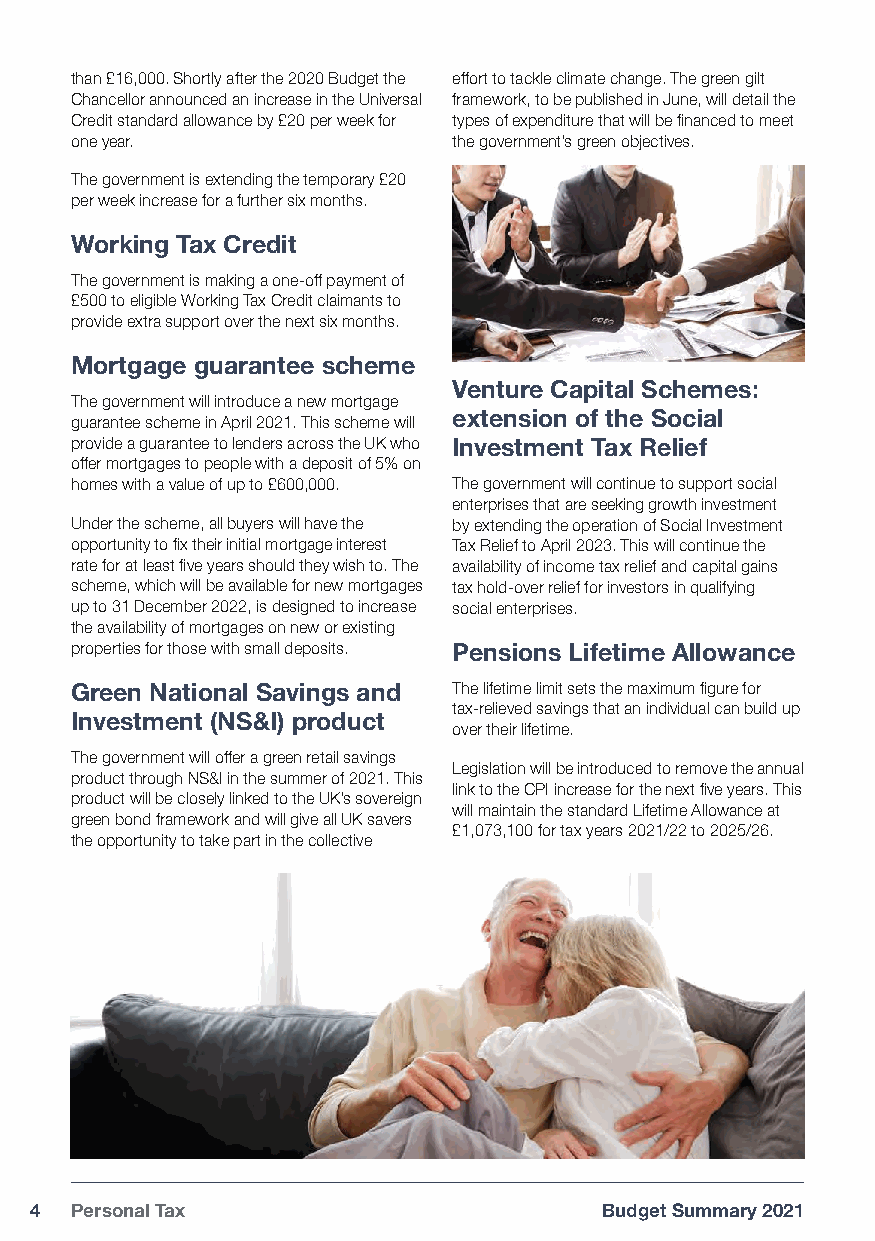
than £16,000. Shortly after the 2020 Budget the effort to tackle climate change. The green gilt
 Chancellor announced an increase in the Universal framework, to be published in June, will detail the
 Credit standard allowance by £20 per week for types of expenditure that will be financed to meet
 one year.                the government’s green objectives.
 The government is extending the temporary £20
 per week increase for a further six months.
 Working Tax Credit
 The government is making a one-off payment of
 £500 to eligible Working Tax Credit claimants to
 provide extra support over the next six months.
 Mortgage guarantee scheme
 Venture Capital Schemes:
 The government will introduce a new mortgage
 extension of the Social
 guarantee scheme in April 2021. This scheme will
 provide a guarantee to lenders across the UK who Investment Tax Relief
 offer mortgages to people with a deposit of 5% on
 homes with a value of up to £600,000. The government will continue to support social
 enterprises that are seeking growth investment
 Under the scheme, all buyers will have the by extending the operation of Social Investment
 opportunity to fix their initial mortgage interest Tax Relief to April 2023. This will continue the
 rate for at least five years should they wish to. The availability of income tax relief and capital gains
 scheme, which will be available for new mortgages tax hold-over relief for investors in qualifying
 up to 31 December 2022, is designed to increase social enterprises.
 the availability of mortgages on new or existing
 properties for those with small deposits. Pensions Lifetime Allowance
 Green National Savings and The lifetime limit sets the maximum figure for
 tax-relieved savings that an individual can build up
 Investment (NS&I) product
 over their lifetime.
 The government will offer a green retail savings
 Legislation will be introduced to remove the annual
 product through NS&I in the summer of 2021. This
 link to the CPI increase for the next five years. This
 product will be closely linked to the UK’s sovereign
 will maintain the standard Lifetime Allowance at
 green bond framework and will give all UK savers
 £1,073,100 for tax years 2021/22 to 2025/26.
 the opportunity to take part in the collective
 4  Personal Tax                       Budget Summary 2021